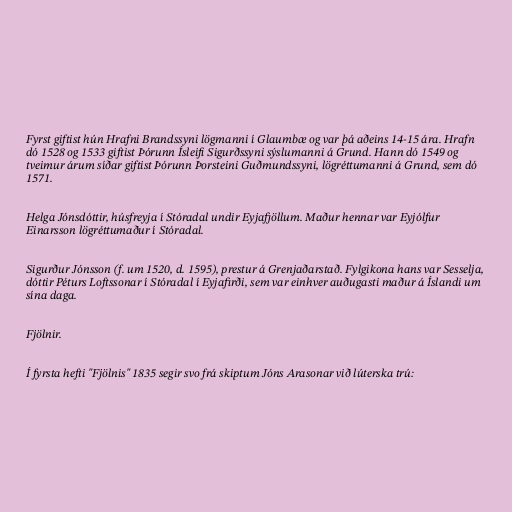
Fyrst giftist hún Hrafni Brandssyni lögmanni í Glaumbæ og var þá aðeins 14-15 ára. Hrafn
dó 1528 og 1533 giftist Þórunn Ísleifi Sigurðssyni sýslumanni á Grund. Hann dó 1549 og
tveimur árum síðar giftist Þórunn Þorsteini Guðmundssyni, lögréttumanni á Grund, sem dó
1571.

Helga Jónsdóttir, húsfreyja í Stóradal undir Eyjafjöllum. Maður hennar var Eyjólfur
Einarsson lögréttumaður í Stóradal.

Sigurður Jónsson (f. um 1520, d. 1595), prestur á Grenjaðarstað. Fylgikona hans var Sesselja,
dóttir Péturs Loftssonar í Stóradal í Eyjafirði, sem var einhver auðugasti maður á Íslandi um
sína daga.

Fjölnir.

Í fyrsta hefti "Fjölnis" 1835 segir svo frá skiptum Jóns Arasonar við lúterska trú: